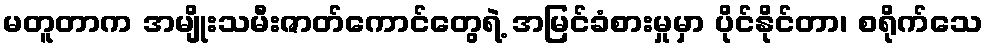
မတူတာက အမျိုးသမီးဇာတ်ကောင်တွေရဲ့ အမြင်ခံစားမှုမှာ ပိုင်နိုင်တာ၊ စရိုက်သေ